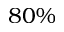
8 0 \%